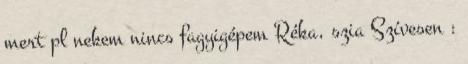
mert pl nekem nincs fagyigépem Réka, szia Szívesen :